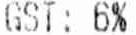
GST: 6%